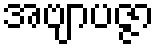
အဗျာပဇ္ဇာ